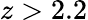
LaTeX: z>2.2